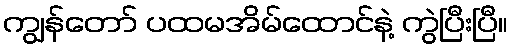
ကျွန်တော် ပထမအိမ်ထောင်နဲ့ ကွဲပြီးပြီ။